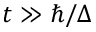
t \gg \hbar / \Delta